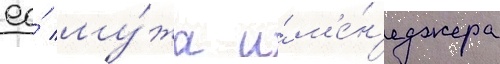
ео́ му́жа и́ м'е́н'еджера